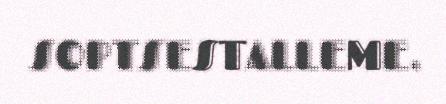
SOPTSESTALLEME.